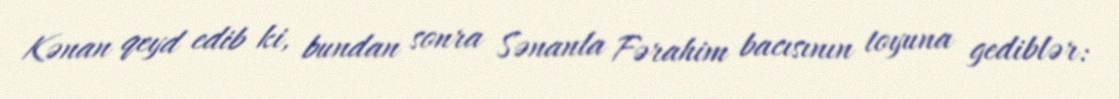
Kənan qeyd edib ki, bundan sonra Sənanla Fərahim bacısının toyuna gediblər: